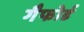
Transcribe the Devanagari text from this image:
गैफोर्ड